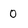
Character: 0